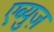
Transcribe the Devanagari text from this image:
एब्युज़